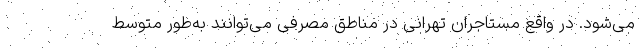
می‌شود. در واقع مستاجران تهرانی در مناطق مصرفی می‌‌توانند به‌طور متوسط